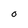
Character: O